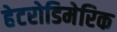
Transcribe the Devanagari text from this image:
हेटरोडिमेरिक